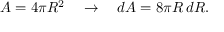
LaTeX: A = 4 \pi R ^ { 2 } \quad \rightarrow \quad d A = 8 \pi R \, d R .